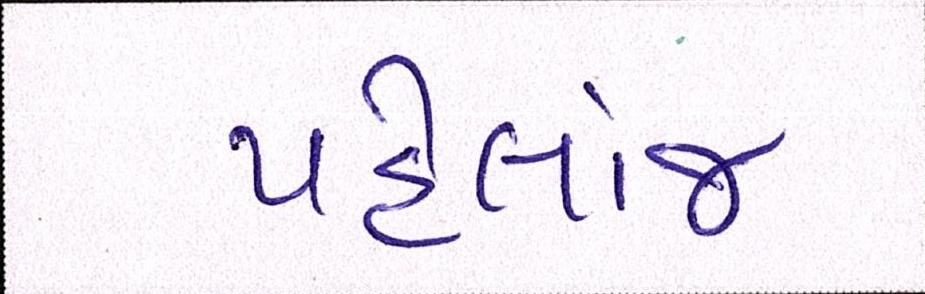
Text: પહેલાંજ